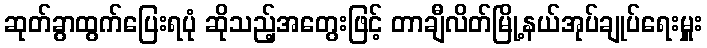
ဆုတ်ခွာထွက်ပြေးရပုံ ဆိုသည့်အတွေးဖြင့် တာချီလိတ်မြို့နယ်အုပ်ချုပ်ရေးမှူး